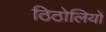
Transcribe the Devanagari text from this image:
ठिठोलियों